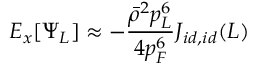
E _ { x } [ \Psi _ { L } ] \approx - \frac { \bar { \rho } ^ { 2 } p _ { L } ^ { 6 } } { 4 p _ { F } ^ { 6 } } J _ { i d , i d } ( L )